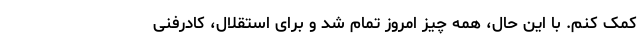
کمک کنم. با این حال، همه چیز امروز تمام شد و برای استقلال، کادرفنی